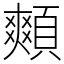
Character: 䫪